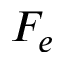
F _ { e }